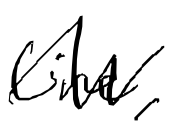
Text: line,
Cross-out: zig-zag
Writing tool: digital_black